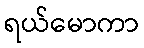
ရယ်မောကာ